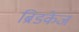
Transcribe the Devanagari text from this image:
ब्रिडकेज